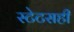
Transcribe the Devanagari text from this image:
स्टेटसही